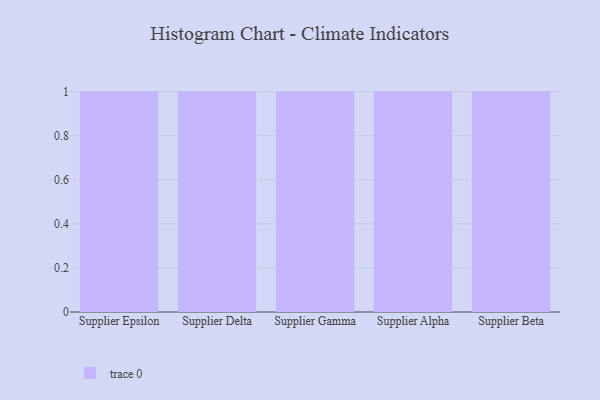
{"axis": {"x": "Supplier", "y": "Satisfaction Score"}, "legend": [""], "data": [{"x": "Supplier Epsilon", "y": 3, "type": ""}, {"x": "Supplier Delta", "y": 46, "type": ""}, {"x": "Supplier Gamma", "y": 58, "type": ""}, {"x": "Supplier Alpha", "y": 92, "type": ""}, {"x": "Supplier Beta", "y": 81, "type": ""}]}